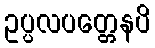
ဥပ္ပလပတ္တေနပိ